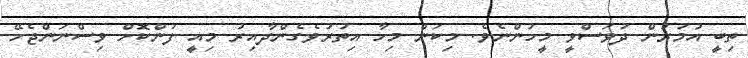
ތިބީ އުމުރުން ދުވަސްވީ މީހުންނެވެ. މިކަން މިހާ އިތުރުވެގެންދާއިރު މިއީ ފުންކޮށް ވިސްނަންޖެހޭ